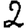
Digit: 2